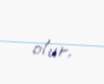
olur.